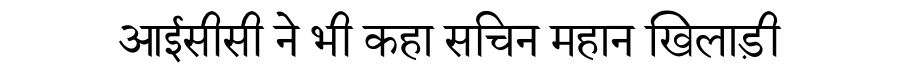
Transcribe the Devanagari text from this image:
आईसीसी ने भी कहा सचिन महान खिलाड़ी